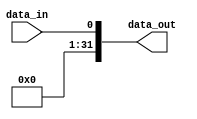
module sign_extend_1to32(
    input wire data_in, // entrada de um bit vindo da flag lt
    output wire [31:0] data_out // saida para o mux men to reg
);

    assign data_out =  {{31{1'b0}}, data_in}; 

endmodule